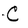
Character: C